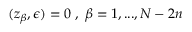
( z _ { \beta } , \epsilon ) = 0 \; , \; \beta = 1 , . . . , N - 2 n